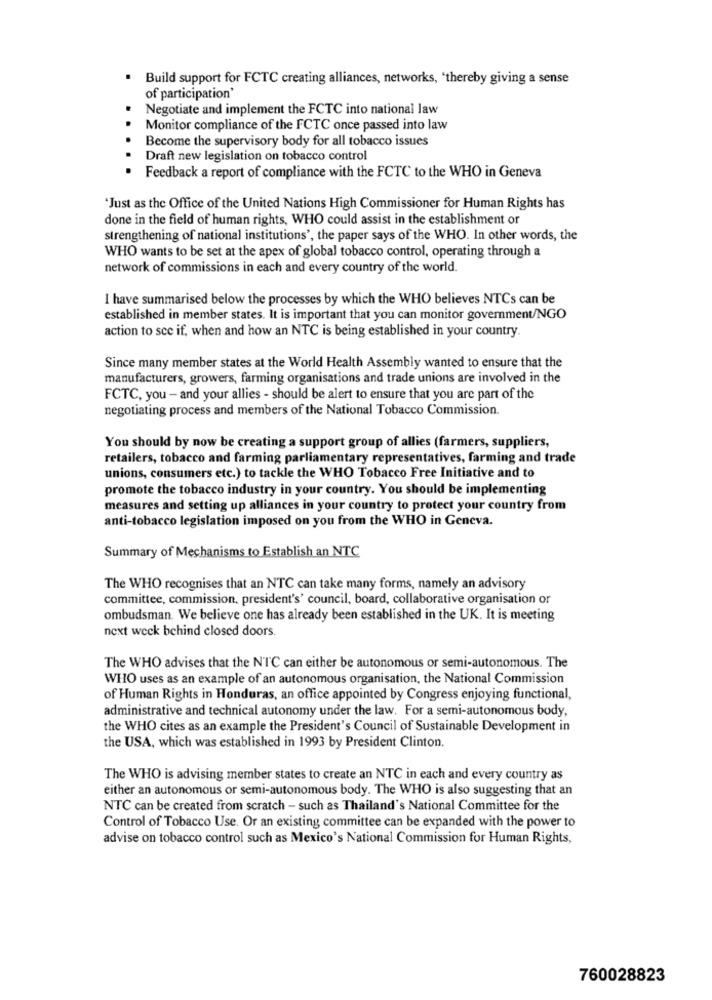
. Build support for FCTC creating alliances, networks, 'thereby giving a sense
of participation
Negotiate and implement the FCTC into national law
.
Monitor compliance of the FCTC once passed into law
.
Become the supervisory body for all tobacco issues
Draft new legislation on tobacco control
Feedback a report of compliance with the FCTC to the WHO in Geneva
'Just as the Office of the United Nations High Commissioner for Human Rights has
done in the field of human rights, WHO could assist in the establishment or
strengthening of national institutions', the paper says of the WHO. In other words, the
WHO wants to be set at the apex of global tobacco control, operating through a
network of commissions in each and every country of the world.
I have summarised below the processes by which the WHO believes NTCs can be
established in member states. It is important that you can monitor government/NGO
action to see if, when and how an NTC is being established in your country.
Since many member states at the World Health Assembly wanted to ensure that the
manufacturers, growers, farming organisations and trade unions are involved in the
FCTC, you - and your allies - should be alert to ensure that you are part of the
negotiating process and members of the National Tobacco Commission.
You should by now be creating a support group of allies (farmers, suppliers,
retailers, tobacco and farming parliamentary representatives, farming and trade
unions, consumers etc.) to tackle the WHO Tobacco Free Initiative and to
promote the tobacco industry in your country. You should be implementing
measures and setting up alliances in your country to protect your country from
anti-tobacco legislation imposed on you from the WHO in Geneva.
Summary of Mechanisms to Establish an NTC
The WHO recognises that an NTC can take many forms, namely an advisory
committee, commission, president's' council, board, collaborative organisation or
ombudsman. We believe one has already been established in the UK. It is meeting
next week behind closed doors.
The WHO advises that the NTC can either be autonomous or semi-autonomous. The
WHO uses as an example of an autonomous organisation, the National Commission
of Human Rights in Honduras, an office appointed by Congress enjoying functional,
administrative and technical autonomy under the law. For a semi-autonomous body,
the WHO cites as an example the President's Council of Sustainable Development in
the USA, which was established in 1993 by President Clinton.
The WHO is advising member states to create an NTC in each and every country as
either an autonomous or semi-autonomous body. The WHO is also suggesting that an
NTC can be created from scratch - such as Thailand's National Committee for the
Control of Tobacco Use. Or an existing committee can be expanded with the power to
advise on tobacco control such as Mexico's National Commission for Human Rights,
760028823